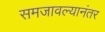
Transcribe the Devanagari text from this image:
समजावल्यानंतर